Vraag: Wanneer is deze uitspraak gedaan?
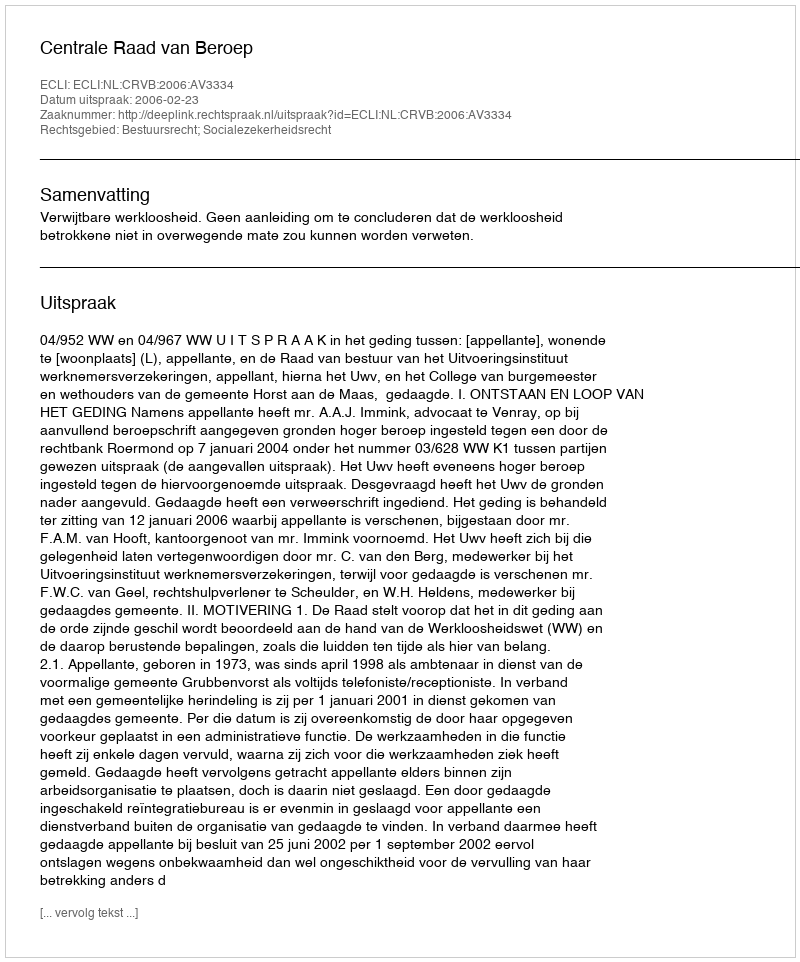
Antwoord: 2006-02-23